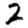
Digit: 2